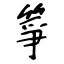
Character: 箏